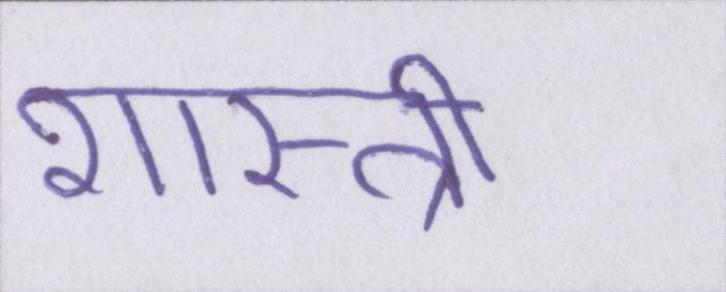
शास्त्री